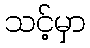
သင့်မှာ